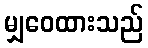
မျှဝေထားသည်